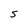
Character: S